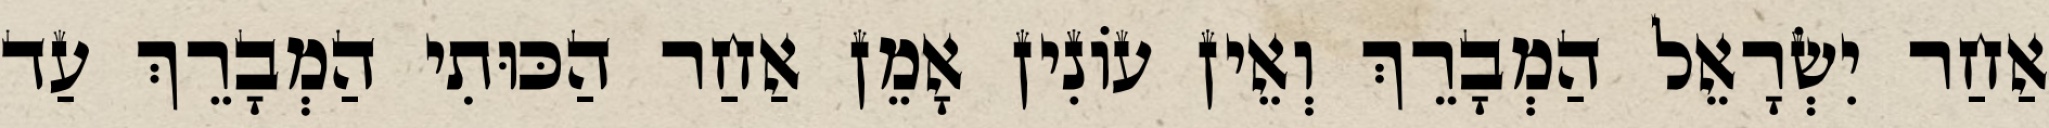
אַחַר יִשְׂרָאֵל הַמְבָרֵךְ וְאֵין עוֹנִין אָמֵן אַחַר הַכּוּתִי הַמְבָרֵךְ עַד